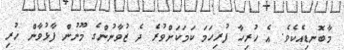
މާބޮނޑިއެކެވެ. އެ ހުރިހާ ފުރިހަމަ ކަމަކަށްވުރެ ދެ ޒުވާނުންގެ މޫނުން ފާޅުވާން ހުރި